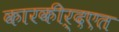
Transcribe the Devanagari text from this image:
कारकीर्दएत